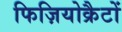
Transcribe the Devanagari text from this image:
फिज़ियोक्रैटों